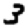
Digit: 3